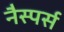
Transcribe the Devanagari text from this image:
नैस्पर्स